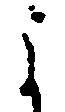
よ